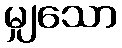
မျှသော